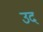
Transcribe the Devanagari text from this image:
उदं